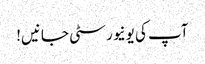
آپ کی یونیورسٹی جانیں!